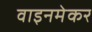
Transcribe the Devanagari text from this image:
वाइनमेकर